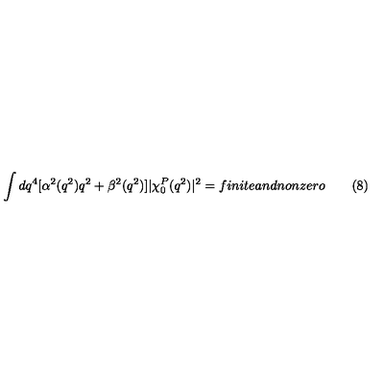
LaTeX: \int d q ^ { 4 } [ \alpha ^ { 2 } ( q ^ { 2 } ) q ^ { 2 } + \beta ^ { 2 } ( q ^ { 2 } ) ] | \chi _ { 0 } ^ { P } ( q ^ { 2 } ) | ^ { 2 } = f i n i t e a n d n o n z e r o \qquad ( 8 )